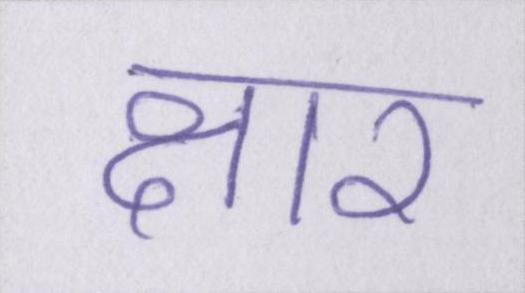
क्षार